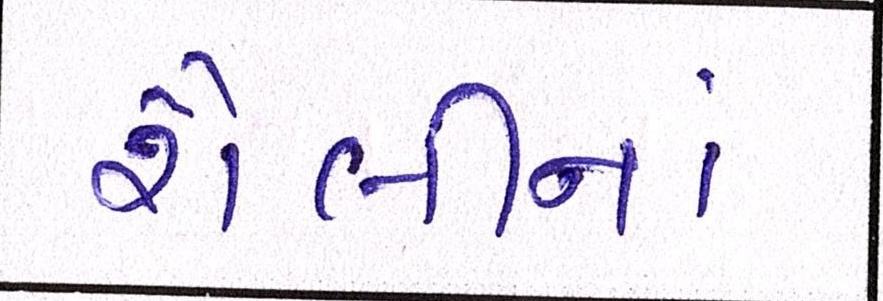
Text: શૈલીનાં